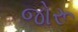
જોરૂ